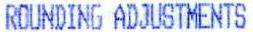
ROUNDING ADJUSTMENTS